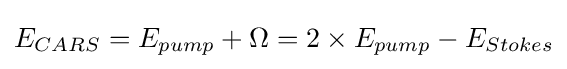
E_{CARS}=E_{pump}+\Omega =2\times E_{pump}-E_{Stokes}